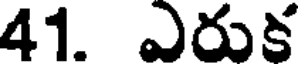
41. ఎరుక